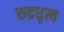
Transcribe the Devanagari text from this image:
रुद्रधृत्य